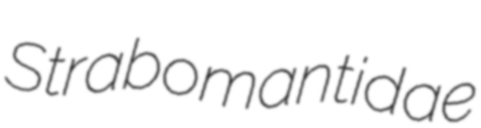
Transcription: Strabomantidae